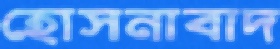
হোসনাবাদ